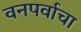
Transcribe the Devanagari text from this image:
वनपर्वाचा